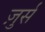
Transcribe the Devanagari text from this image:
ज़ुर्स